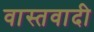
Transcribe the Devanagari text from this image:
वास्तवादी